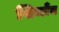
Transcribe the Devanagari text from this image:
खिचाँव